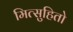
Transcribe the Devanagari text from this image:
मित्सुहितो